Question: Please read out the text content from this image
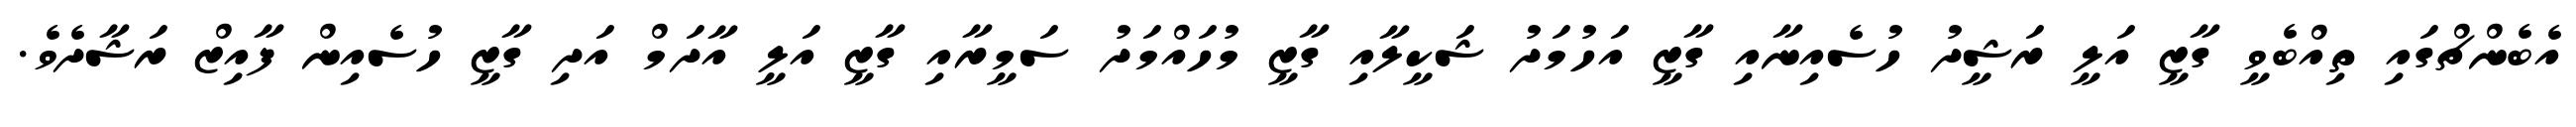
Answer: އެބެންޗްގައި ތިއްބެވީ ގާޒީ އަލީ ރަޝީދު ހުސެއިނާއި ގާޒީ އަހުމަދު ޝަކީލާއި ގާޒީ މުހައްމަދު ސަމީރާއި ގާޒީ އަލީ އާދަމް އަދި ގާޒީ ހުސެއިން ފާއިޒް ރަޝާދެވެ.